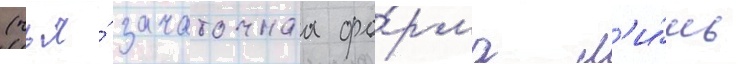
(чья́ зачаточнаа фо́рма л'и́шь